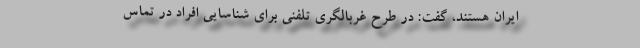
ایران هستند، گفت: در طرح غربالگری تلفنی برای شناسایی افراد در تماس